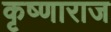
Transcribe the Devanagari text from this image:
कृष्णाराज